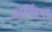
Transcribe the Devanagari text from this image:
अर्जित्त